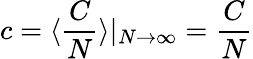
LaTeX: c=\langle\frac{C}{N}\rangle|_{N\to\infty}=\frac{C}{N}